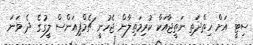
ސިޓީ އަށް ހިތްދަތި ނަތީޖާއަކާ ކުރިމަތިލާން ޖެހުނީ ޗެމްޕިއަންސް ލީގުގެ ދެ ވަނަ